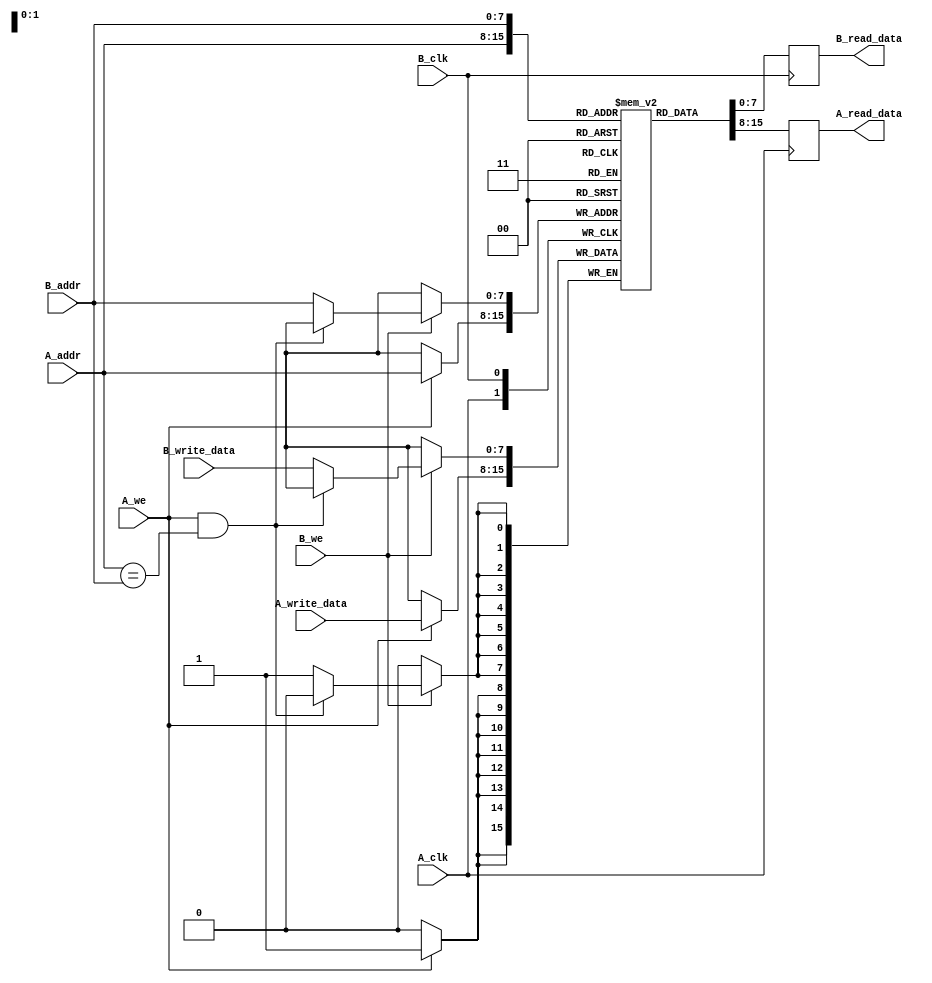
module dual_port_scratchpad_memory #(
    parameter MEM_SIZE = 256, // Number of words in memory
    parameter WORD_WIDTH = 8   // Width of each word in bits
) (
    input wire [($clog2(MEM_SIZE)-1):0] A_addr,      // Address for Port A
    input wire [WORD_WIDTH-1:0] A_write_data,        // Write data for Port A
    input wire A_we,                                   // Write enable for Port A
    input wire A_clk,                                  // Clock for Port A
    output reg [WORD_WIDTH-1:0] A_read_data,         // Read data for Port A
    
    input wire [($clog2(MEM_SIZE)-1):0] B_addr,      // Address for Port B
    input wire [WORD_WIDTH-1:0] B_write_data,        // Write data for Port B
    input wire B_we,                                   // Write enable for Port B
    input wire B_clk,                                  // Clock for Port B
    output reg [WORD_WIDTH-1:0] B_read_data          // Read data for Port B
);

    // Memory array
    reg [WORD_WIDTH-1:0] memory [0:MEM_SIZE-1];

    // Port A operations
    always @(posedge A_clk) begin
        if (A_we) begin
            // If writing, prioritize Port A
            memory[A_addr] <= A_write_data;
        end
        // Read data on Port A
        A_read_data <= memory[A_addr];
    end

    // Port B operations
    always @(posedge B_clk) begin
        if (B_we) begin
            // If writing, and Port A also writing to the same address, prioritize Port A
            if (!(A_we && (A_addr == B_addr))) begin
                memory[B_addr] <= B_write_data;
            end
        end
        // Read data on Port B
        B_read_data <= memory[B_addr];
    end

    // Optional reset logic (not implemented, but can be added)
    // This section can be extended to support a reset signal if needed.

endmodule